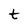
Character: t